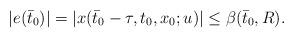
LaTeX: \begin{align*}|e(\bar{t}_0)|=|x(\bar{t}_0-\tau,t_0,x_0;u)|\leq \beta(\bar{t}_0,R).\end{align*}